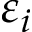
\varepsilon _ { i }